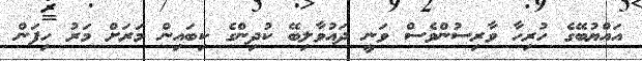
އައްޔުބޭގެ ހުރިހާ ވާރިސުންވެސް ވަނީ ދައުވާލިބޭ ކުދިންގެ ކިބައިން މަރަށް މަރު ހިފަން